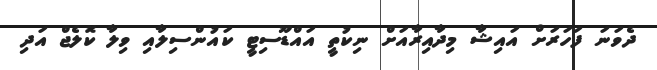
ދެވަނަ ފަހަރަށް އައިޝާ މިދާއިރާއަށް ނިކުތީ އައްޑޫސިޓީ ކައުންސިލާއި ވިލާ ކޮލެޖް އަދި